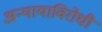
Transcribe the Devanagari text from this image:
अन्यायाविरोधी